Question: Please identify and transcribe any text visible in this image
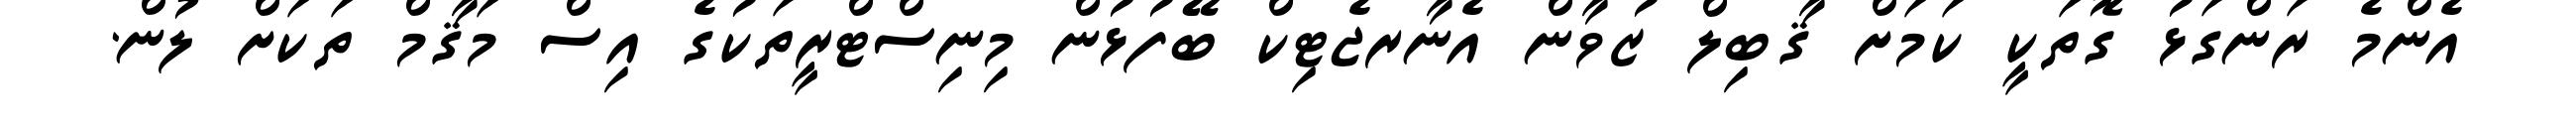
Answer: އެންމެ ރަންގަޅު ގޮތަކީ ކަމަށް ޤާބިލް ޒުވާން އެނާރޖެޓިކް ބޭފުޅުން މިނިސްޓްރީތަކުގެ އިސް މަޤާމް ތަކަށް ލުން.